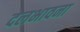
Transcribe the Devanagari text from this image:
दलभावना